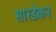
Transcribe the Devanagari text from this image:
सारडेकर